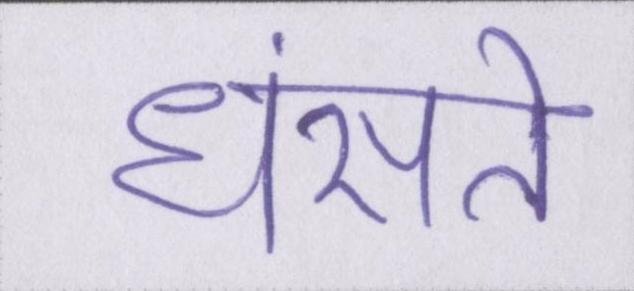
धंसते